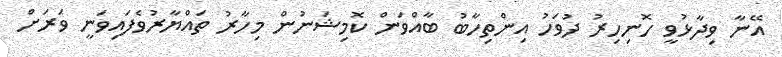
އޭނާ ވިދާޅުވީ ހޮނިހިރު ދުވަހު އިންތިހާބު ބާއްވަން ކޮމިޝަނުން މިހާރު ތައްޔާރުވެފައިވަނީ ވަރަށް